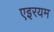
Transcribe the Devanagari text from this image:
एइरयम